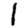
Digit: 1